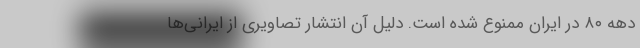
دهه ۸۰ در ایران ممنوع شده است. دلیل آن انتشار تصاویری از ایرانی‌ها